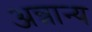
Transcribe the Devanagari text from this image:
अन्नान्य